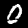
Digit: 0